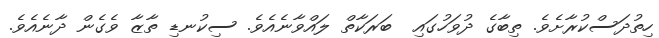
ހިތުދަސްކުރާށެވެ. ތިބާގެ ދުވަހުގައި  ބަރަކާތް ލައްވާނެއެވެ. ސިކުނޑި ތާޒާ ވެގެން ދާނެއެވެ.